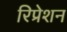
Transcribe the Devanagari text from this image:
रिप्रेशन